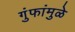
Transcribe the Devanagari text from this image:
गुंफांमुळे